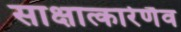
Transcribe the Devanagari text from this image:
साक्षात्कारेणैव